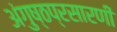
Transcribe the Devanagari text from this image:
अंगुष्ठप्रसारणी